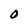
Character: 0